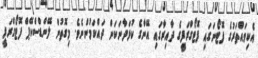
އެކިވައްތަރުގެ ފޮޓޯނަގައި ފޮޓޯގްރަފީގެ ދާއިރާގައި އޭނާގެ ކުޅަދާނަކަން ދައްކަމުންނެވެ. މިގޮތުން ލޭންޑްސްކޭޕް ފޮޓޯގްރަފީ